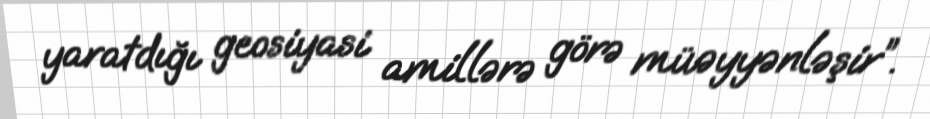
yaratdığı geosiyasi amillərə görə müəyyənləşir”.